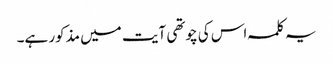
یہ کلمہ اس کی چوتھی آیت میں مذکور ہے۔